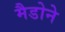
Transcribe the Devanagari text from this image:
मैडोने